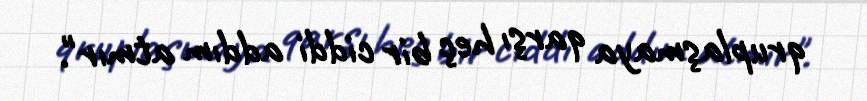
qruplaşmaya qarşı heç bir ciddi addım atmır".